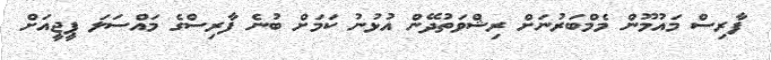
ފާރިސް މައުމޫން މެމްބަރުނަށް ރިޝްވަތުދޭން އުޅުނު ކަމަށް ބުނެ ފާރިސްގެ މައްސަލަ ޕީޖީއަށް